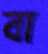
বা